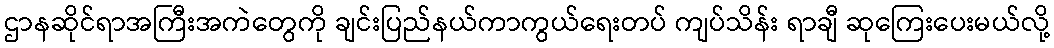
ဌာနဆိုင်ရာအကြီးအကဲတွေကို ချင်းပြည်နယ်ကာကွယ်ရေးတပ် ကျပ်သိန်း ရာချီ ဆုကြေးပေးမယ်လို့